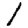
Digit: 1